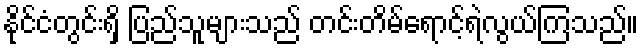
နိုင်ငံတွင်းရှိ ပြည်သူများသည် တင်းတိမ်ရောင့်ရဲလွယ်ကြသည်။